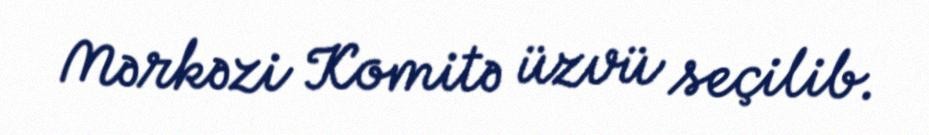
Mərkəzi Komitə üzvü seçilib.